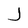
Character: J